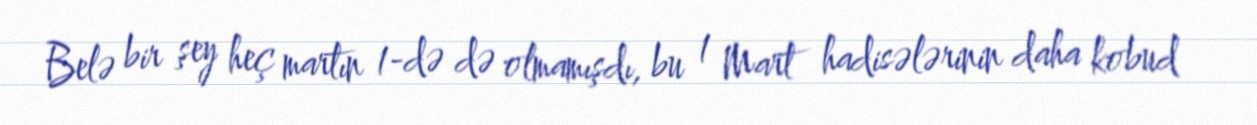
Belə bir şey heç martın 1-də də olmamışdı, bu 1 Mart hadisələrinin daha kobud